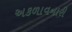
અકળાવનારી